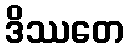
ဒိဿတေ